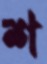
শ